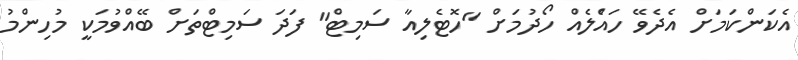
އެކަންކަމަށް އެދެވޭ ހައްެލެއް ހޯދުމަށް "ހޮޓެލިއާ ސަމިޓް" ފަދަ ސަމިޓްތަށް ބޭއްވުމަކީ މުހިންމު